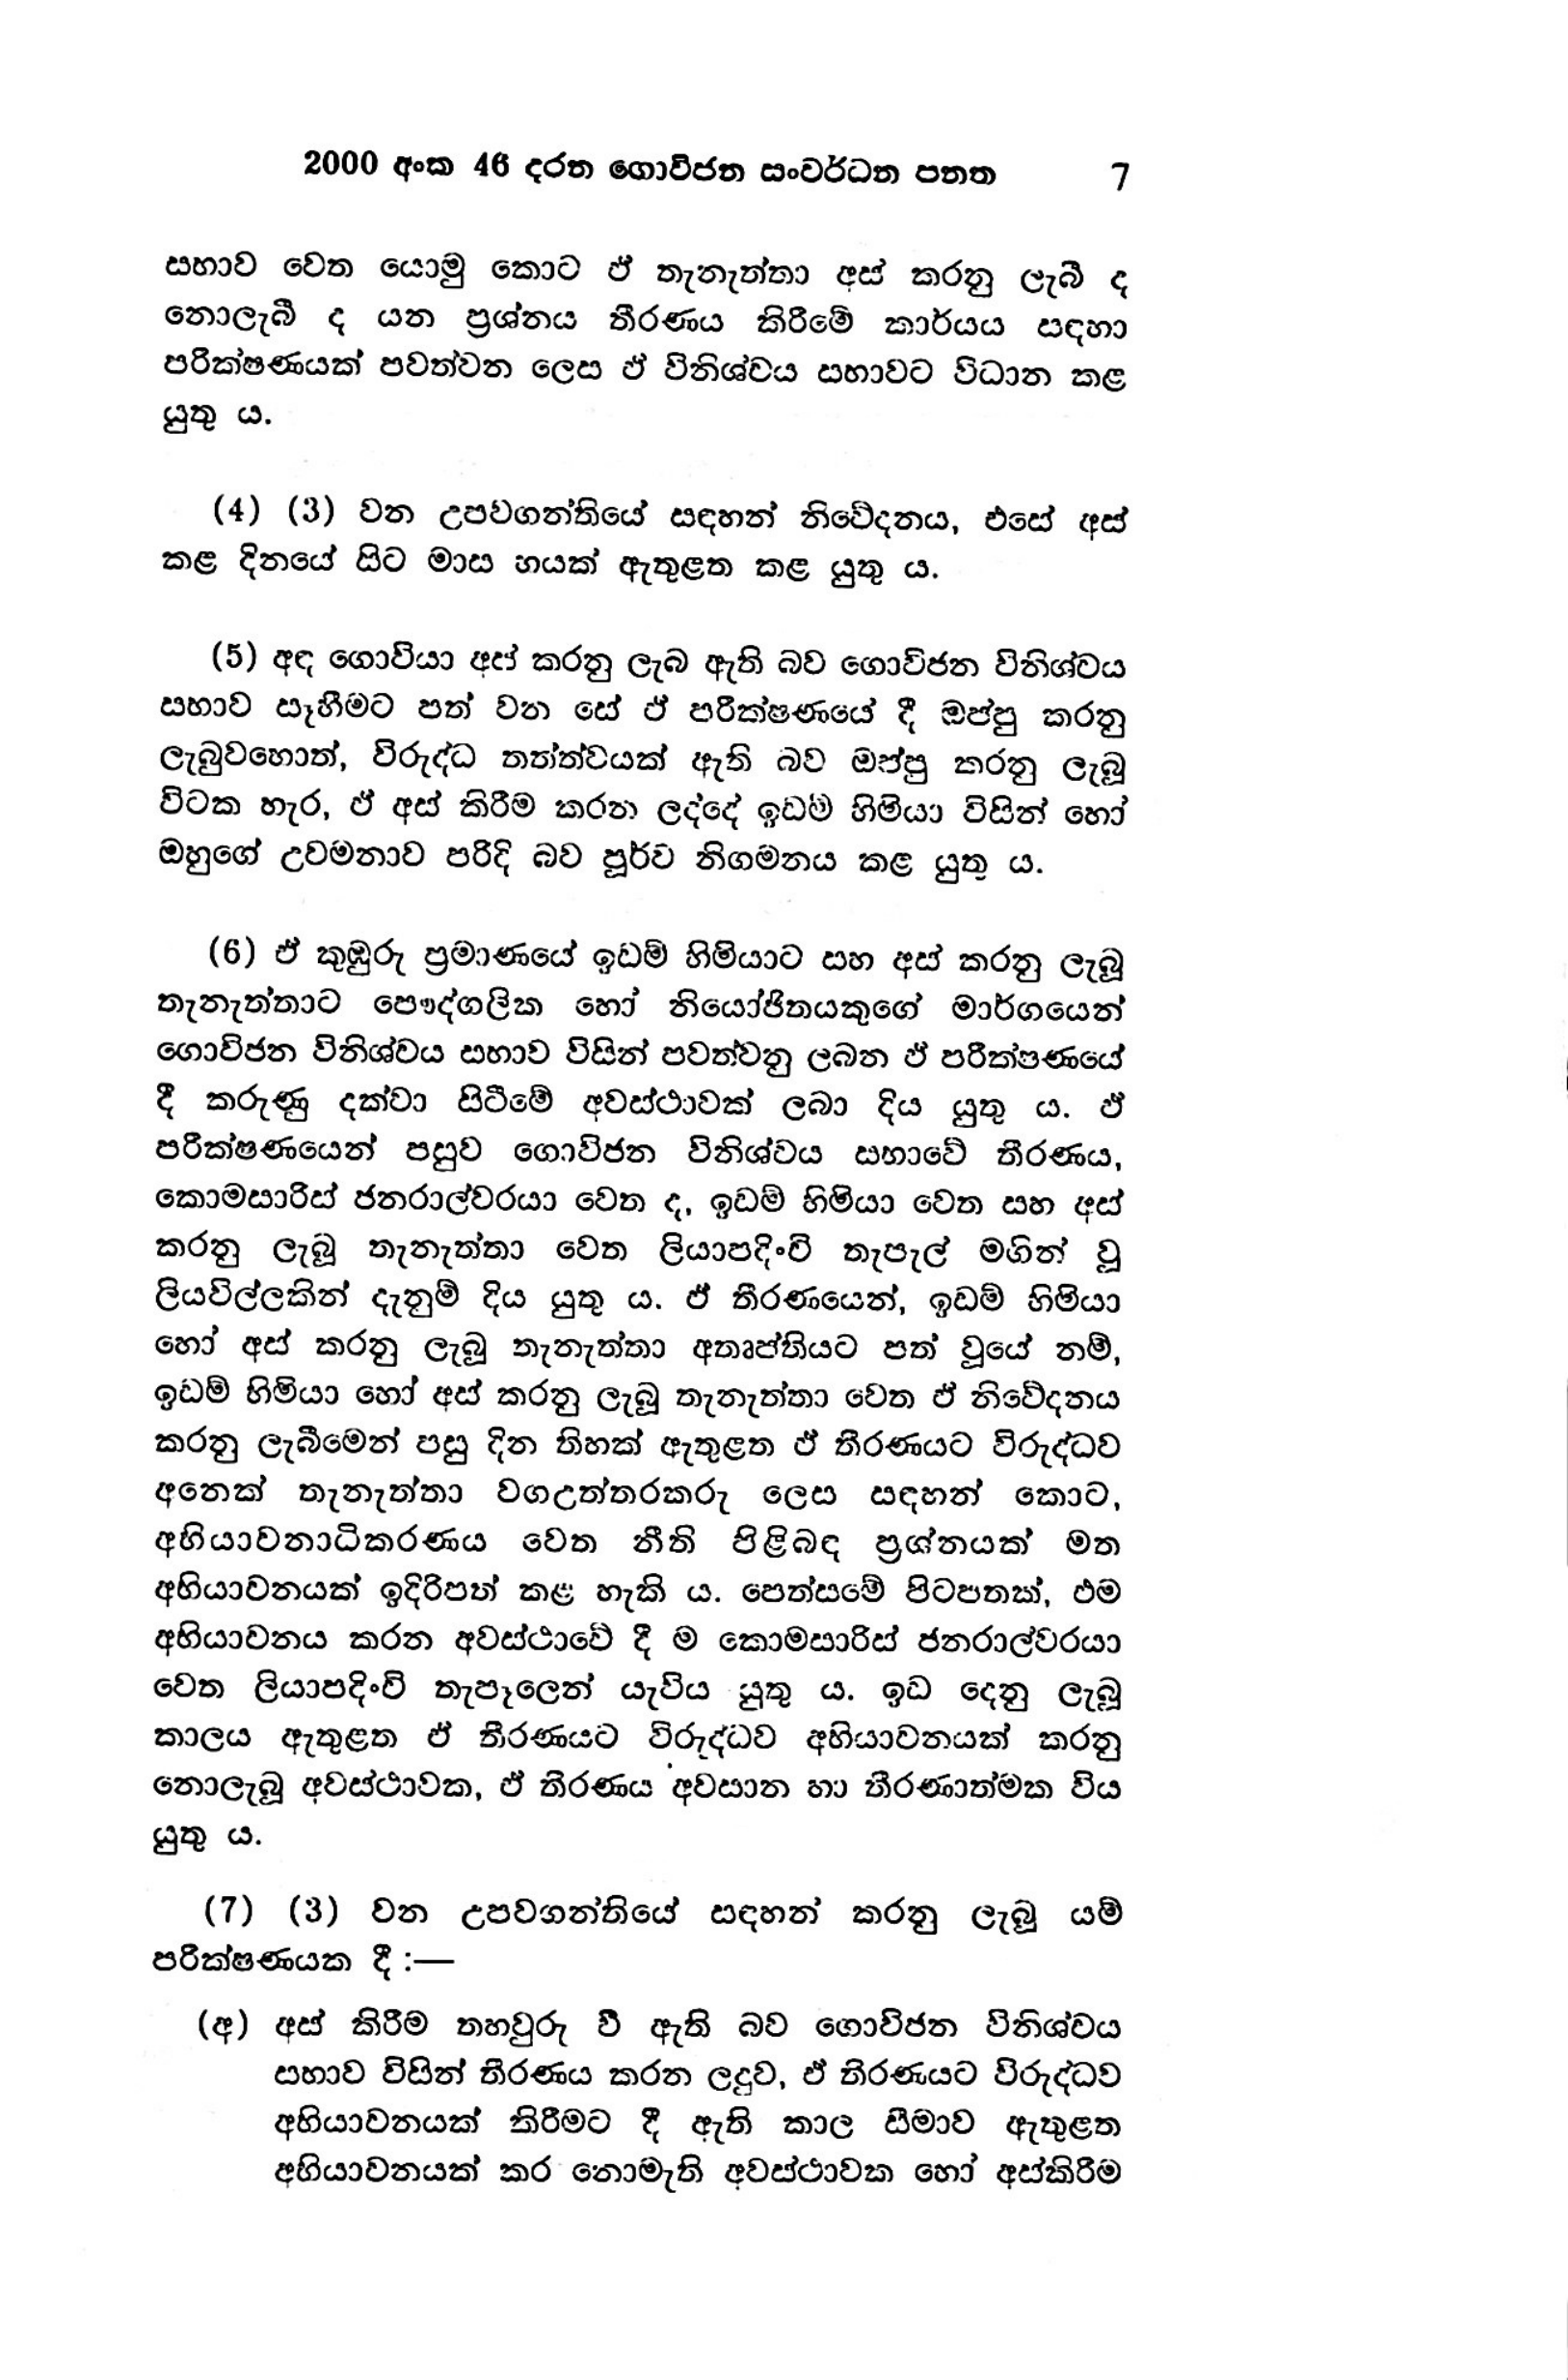
2000 අංක 46 දරන ගොවිජන සංවර්ධන පනත 7

සභාව වෙත යොමු කොට ඒ තැනැත්තා අස් කරනු ලැබී ද
නොලැබී ද යන ප්‍රශ්නය තීරණය කිරීමේ කාර්යය සඳහා
පරීක්ෂණයක් පවත්වන ලෙස ඒ විනිශ්චය සභාවට විධාන කළ
යුතු ය.

(4) (3) වන උපවගන්තියේ සඳහන් නිවේදනය, එසේ අස්
කළ දිනයේ සිට මාස හයක් ඇතුළත කළ යුතු ය.

(5) අඳ ගොවියා අප් කරනු ලැබ ඇති බව ගොවිජන විනිශ්චය
සභාව සෑහීමට පත් වන සේ ඒ පරීක්ෂණයේ දී ඔප්පු කරනු
ලැබුවහොත්, විරුද්ධ තත්ත්වයක් ඇති බව ඔප්පු කරනු ලැබූ
විටක හැර, ඵ් අස් කිරීම කරන ලද්දේ ඉඩම් හිමියා විසින් හෝ
ඔහුගේ උවමනාව පරිදි බව පූර්ව නිගමනය කළ යුතු ය.

(6) ඒ කුඹුරු ප්‍රමාණයේ ඉඩම් හිමියාට සහ අස් කරනු ලැබූ
තැනැත්තාට පෞද්ගලික හෝ නියෝජිතයකුගේ මාර්ගයෙන්
ගොවිජන විනිශ්චය සභාව විසින් පවත්වනු ලබන ඒ පරීක්ෂණයේ
දී කරුණු දක්වා සිටීමේ අවස්ථාවක් ලබා දිය යුතුය. ඒ
පරීක්ෂණයෙන් පසුව ගොවිජන විනිශ්චය සභාවේ තීරණය,
කොමසාරිස් ජනරාල්වරයා වෙත ද, ඉඩම් හිමියා වෙත සහ අස්
කරනු ලැබූ තැනැත්තා වෙත ලියාපදිංචි තැපැල් මගින් වූ
ලියවිල්ලකින් දැනුම් දිය යුතු ය. ඵ් තීරණයෙන්, ඉඩම් හිමියා
හෝ අස් කරනු ලැබූ තැනැත්තා අතෘප්තියට පත් වූයේ නම්,
ඉඩම් හිමියා හෝ අස් කරනු ලැබූ තැනැත්තා වෙත ඒ නිවේදනය
කරනු ලැබීමෙන් පසු දින තිහක් ඇතුළත ඵ් තීරණයට විරුද්ධව
අනෙක් තැනැත්තා වග උත්තරකරු ලෙස සඳහන් කොට,
අභියාචනාධිකරණය වෙත නීති පිළිබඳ ප්‍රශ්නයක් මත
අභියාචනයක් ඉදිරිපත් කළ හැකි ය. පෙත්සමේ පිටපතක්, ඵම
අභියාචනය කරන අවස්ථාවේ දී ම කොමසාරිස් ජනරාල්වරයා
වෙත ලියාපදිංචි තැපෑලෙන් යැවිය යුතු ය. ඉඩ දෙනු ලැබූ
කාලය ඇතුළත ඒ තීරණයට විරුද්ධව අභියාචනයක් කරනු
නොලැබූ අවස්ථාවක, ඒ තිරණය අවසාන හා තීරණාත්මක විය
යුතු ය.

(7) (3) වන උපවගන්තියේ සඳහන් කරනු ලැබූ යම්
පරීක්ෂණයක දී :-

(අ) අස් කිරීම තහවුරු වී ඇති බව ගොවිජන විනිශ්චය
සභාව විසින් තීරණය කරන ලදුව, ඒ තීරණයට විරුද්ධව
අභියාචනයක් කිරීමට දී ඇති කාල සීමාව ඇතුළත
අභියාචනයක් කර නොමැති අවස්ථාවක හෝ අස්කිරීම